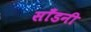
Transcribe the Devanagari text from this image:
साँडनी